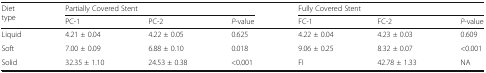
<table><thead><tr><td rowspan="2"><b>Diet type</b></td><td colspan="3"><b>Partially Covered Stent</b></td><td colspan="3"><b>Fully Covered Stent</b></td></tr><tr><td><b>PC-1</b></td><td><b>PC-2</b></td><td><b><i>P</i>-value</b></td><td><b>FC-1</b></td><td><b>FC-2</b></td><td><b><i>P</i>-value</b></td></tr></thead><tbody><tr><td>Liquid</td><td>4.21 ± 0.04</td><td>4.22 ± 0.05</td><td>0.625</td><td>4.22 ± 0.04</td><td>4.23 ± 0.03</td><td>0.609</td></tr><tr><td>Soft</td><td>7.00 ± 0.09</td><td>6.88 ± 0.10</td><td>0.018</td><td>9.06 ± 0.25</td><td>8.32 ± 0.07</td><td>&lt;0.001</td></tr><tr><td>Solid</td><td>32.35 ± 1.10</td><td>24.53 ± 0.38</td><td>&lt;0.001</td><td>FI</td><td>42.78 ± 1.33</td><td>NA</td></tr></tbody></table>